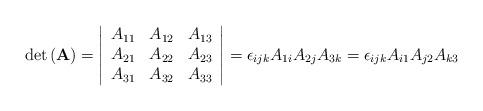
LaTeX: \begin{align*}\mathrm{det}\left(\mathbf{A}\right)=\begin{vmatrix}\begin{array}{ccc}A_{11} & A_{12} & A_{13}\\A_{21} & A_{22} & A_{23}\\A_{31} & A_{32} & A_{33}\end{array}\end{vmatrix}=\epsilon_{ijk}A_{1i}A_{2j}A_{3k}=\epsilon_{ijk}A_{i1}A_{j2}A_{k3}\end{align*}